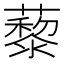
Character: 藜